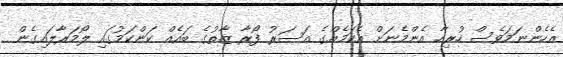
އެހެންނަމަވެސް ހުރިހާ އެންމެނަށް އެކަމެއްގެ އަސަރު ފޯރާ ޒާތުގެ ބައެއް ކަންކަމުގައި ލޯމަރާލައިގެން